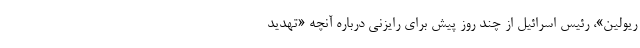
ریولین»، رئیس اسرائیل از چند روز پیش برای رایزنی درباره آنچه «تهدید